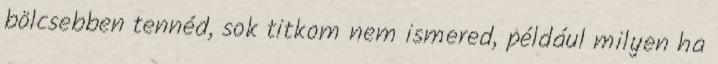
bölcsebben tennéd, sok titkom nem ismered, például milyen ha